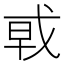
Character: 𰒩